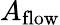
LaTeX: A_{\mathrm{flow}}